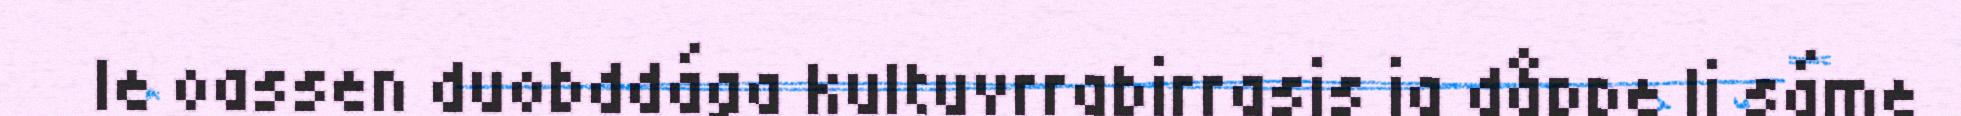
le oassen duobddága kultuvrrabirrasis ja dåppe li sáme